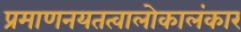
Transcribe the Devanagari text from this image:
प्रमाणनयतत्वालोकालंकार